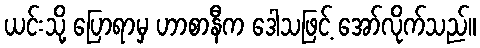
ယင်းသို့ ပြောရာမှ ဟာစာနီက ဒေါသဖြင့် အော်လိုက်သည်။